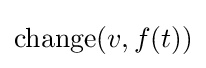
{\textrm {change}}(v,f(t))